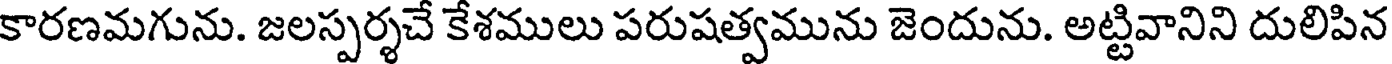
కారణమగును. జలస్పర్శచే కేశములు పరుషత్వమును జెందును. అట్టివానిని దులిపిన